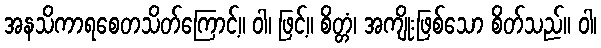
အနသိကာရစေတသိတ်ကြောင့်။ ဝါ၊ ဖြင့်။ စိတ္တံ၊ အကျိုးဖြစ်သော စိတ်သည်။ ဝါ၊